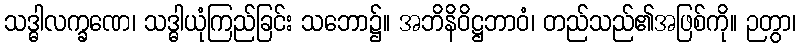
သဒ္ဓါလက္ခဏေ၊ သဒ္ဓါယုံကြည်ခြင်း သဘော၌။ အဘိနိဝိဋ္ဌဘာဝံ၊ တည်သည်၏အဖြစ်ကို။ ဉတွာ၊